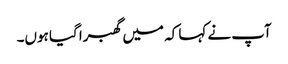
آپ نے کہا کہ میں گھبرا گیا ہوں۔